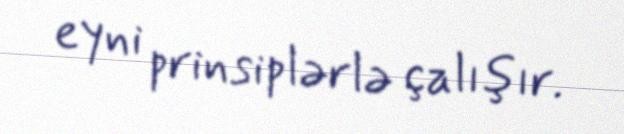
eyni prinsiplərlə çalışır.